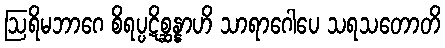
ဩရိမဘာဂေ စိရပ္ပဋိစ္ဆန္နာဟိ သာရာဂေါပေ သရသတောတိ